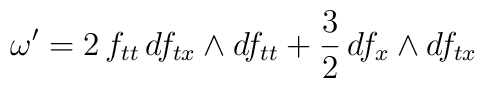
\omega' = 2 \, f_{tt} \, d f_{tx} \wedge d f_{tt}                  +  \frac{3}{2} \, d f_{x} \wedge d f_{tx}